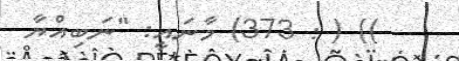
)) ( : 373) މާނައީ: "ނަބިއްޔާ